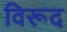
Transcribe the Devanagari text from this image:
विरूद